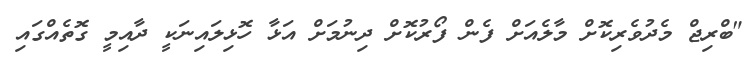
"ބްރިޖް މެދުވެރިކޮށް މާލެއަށް ފެން ފޯރުކޮށް ދިނުމަށް އަޅާ ހޮޅިލައިނަކީ ދާއިމީ ގޮތެއްގައި